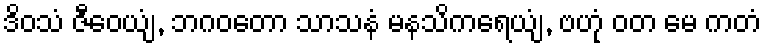
ဒိဝသံ ဇီဝေယျံ, ဘဂဝတော သာသနံ မနသိကရေယျံ, ဗဟုံ ဝတ မေ ကတံ